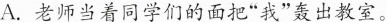
A.老师当着同学们的面把”我”轰出教室。